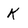
Character: K